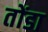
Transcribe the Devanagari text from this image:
तोंडा